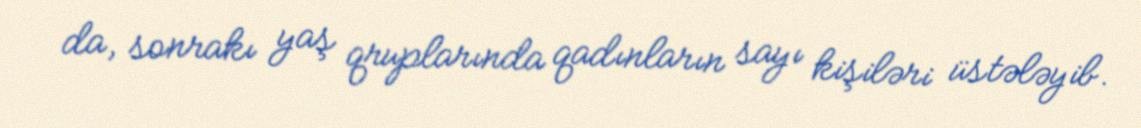
da, sonrakı yaş qruplarında qadınların sayı kişiləri üstələyib.